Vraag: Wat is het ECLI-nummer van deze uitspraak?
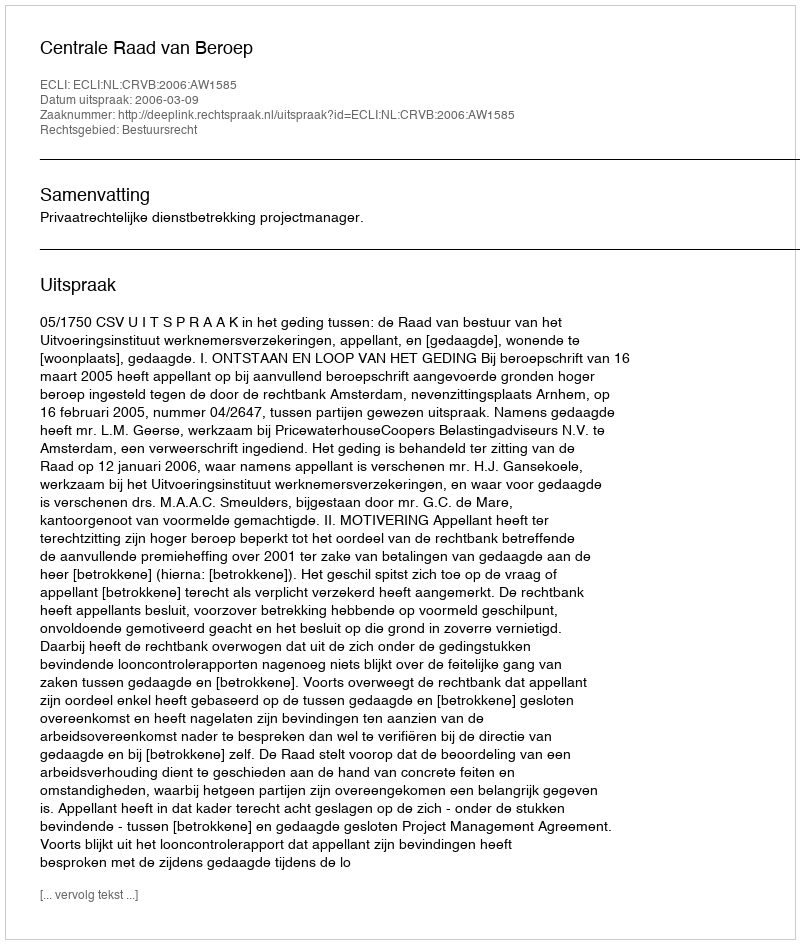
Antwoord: ECLI:NL:CRVB:2006:AW1585